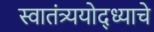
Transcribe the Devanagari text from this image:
स्वातंत्र्ययोद्‌ध्याचे